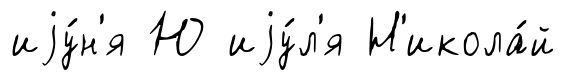
иjу́н'я Ю иjу́л'я Н'икола́й